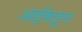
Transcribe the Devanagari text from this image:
आईंकडून